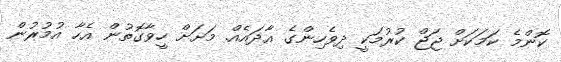
ކޮންމެ ކަމަކަށް ޖަޖް ކުރުމަކީ ދިވެހިންގެ އާދައެއް. މަށަށް ހީވާގޮތުން އެހާ އުމުރުން